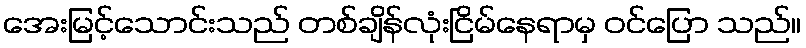
အေးမြင့်သောင်းသည် တစ်ချိန်လုံးငြိမ်နေရာမှ ဝင်ပြော သည်။